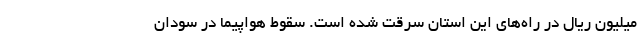
میلیون ریال در راه‌های این استان سرقت شده است. سقوط هواپیما در سودان